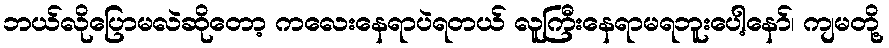
ဘယ်လိုပြောမလဲဆိုတော့ ကလေးနေရာပဲရတယ် လူကြီးနေရာမရဘူးပေါ့နော်၊ ကျမတို့